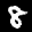
Label: 8